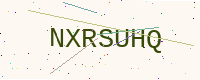
Text: NXRSUHQ